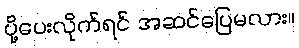
ပို့ပေးလိုက်ရင် အဆင်ပြေမလား။